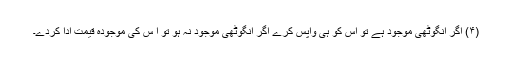
(۴) اگر انگوٹھی موجود ہے تو اس کو ہی واپس کرے اگر انگوٹھی موجود نہ ہو تو ا س کی موجودہ قیمت ادا کردے۔